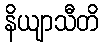
နိယျာသီတိ